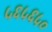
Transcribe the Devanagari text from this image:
५६५६५०